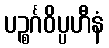
ပဉ္စင်္ဂဝိပ္ပဟီနံ